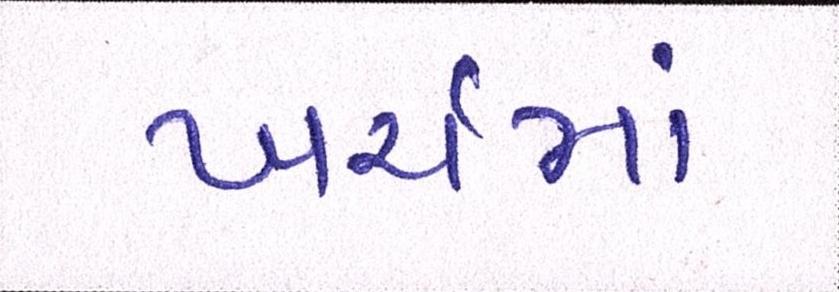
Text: ખર્ચમાં